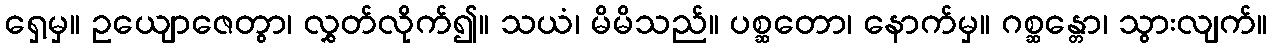
ရှေ့မှ။ ဥယျောဇေတွာ၊ လွှတ်လိုက်၍။ သယံ၊ မိမိသည်။ ပစ္ဆတော၊ နောက်မှ။ ဂစ္ဆန္တော၊ သွားလျက်။